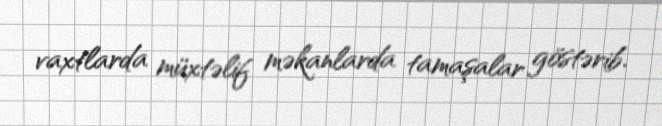
vaxtlarda müxtəlif məkanlarda tamaşalar göstərib.